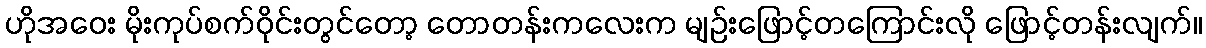
ဟိုအဝေး မိုးကုပ်စက်ဝိုင်းတွင်တော့ တောတန်းကလေးက မျဉ်းဖြောင့်တကြောင်းလို ဖြောင့်တန်းလျက်။